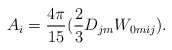
\begin{align*}A_i= \frac{4 \pi}{15}(\frac{2}{3}D_{jm} W_{0mij} ).\end{align*}